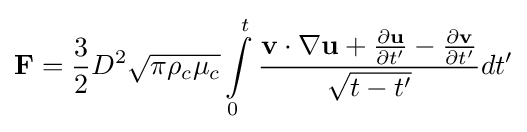
\mathbf {F} ={\frac {3}{2}}D^{2}{\sqrt {\pi \rho _{c}\mu _{c}}}\int \limits _{0}^{t}{\frac {\mathbf {v} \cdot \mathbf {\nabla } \mathbf {u} +{\frac {\partial \mathbf {u} }{\partial t'}}-{\frac {\partial \mathbf {v} }{\partial t'}}}{\sqrt {t-t'}}}dt'